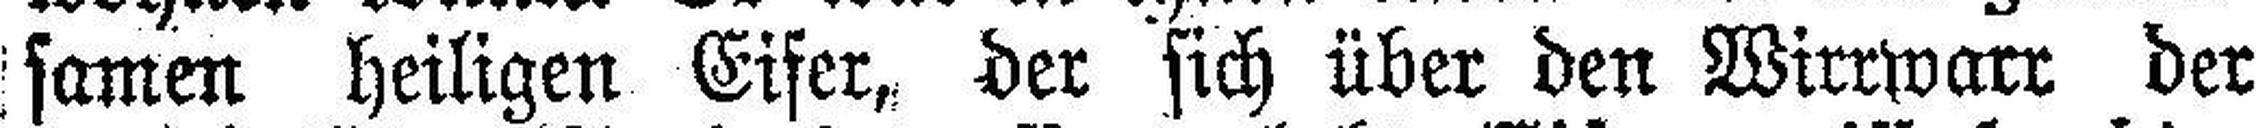
samen heiligen Eifer, der sich über den Wirrwarr der